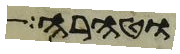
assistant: וטהרה